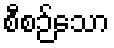
စီစဉ်သော